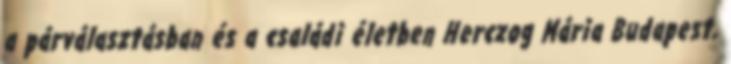
a párválasztásban és a családi életben Herczog Mária Budapest,